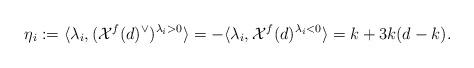
LaTeX: \begin{align*} \eta_i :=\langle \lambda_i, (\mathcal{X}^f(d)^{\vee})^{\lambda_i>0} \rangle= -\langle \lambda_i, \mathcal{X}^f(d)^{\lambda_i<0} \rangle=k+3k(d-k). \end{align*}